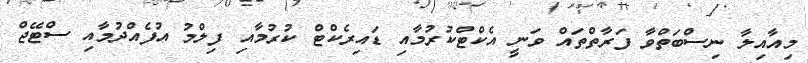
މިއާއިލާ ނިސްބަތްވާ ފަރާތްތައް ވަނީ އެކްޓްކުރުމާއި ޑައިރެކްޓް ކުރުމާއި ފިލްމު އުފެއްދުމާއި ސްޓޭޖް